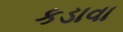
કડાવા